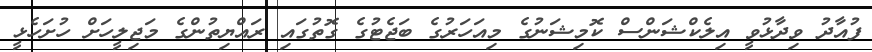
ފުއާދު ވިދާޅުވީ އިލެކްޝަންސް ކޮމިޝަނުގެ މިއަހަރުގެ ބަޖެޓުގެ ގޮތުގައި ރައްޔިތުންގެ މަޖިލީހަށް ހުށަހެޅީ